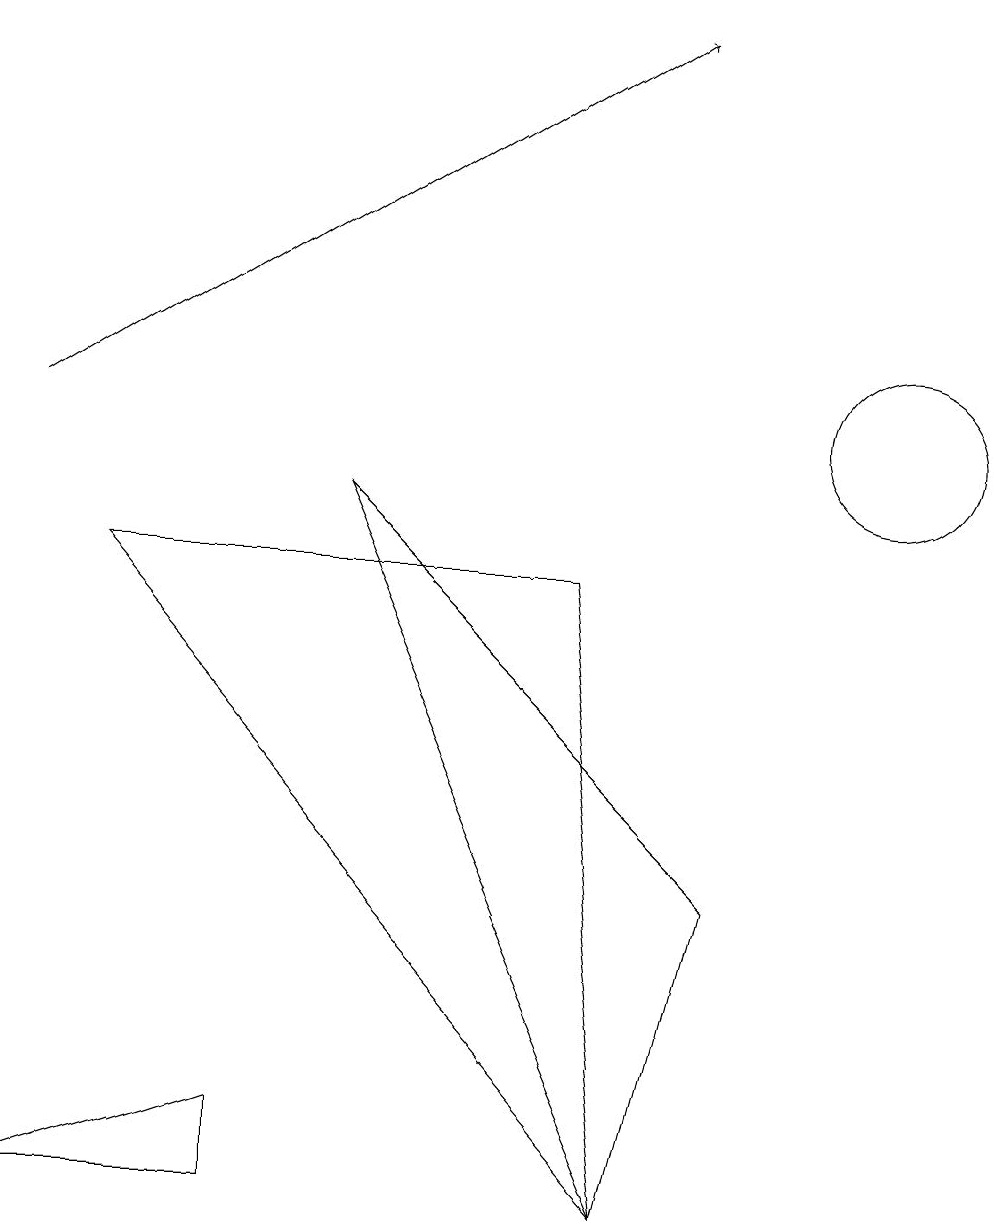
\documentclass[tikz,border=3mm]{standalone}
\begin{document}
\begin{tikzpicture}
\draw (3,0) -- (0,0) -- (3,1) -- cycle;
\draw[->] (0,10) -- (8,15);
\draw (8,0) -- (1,8) -- (7,8) -- cycle;
\draw (8,0) -- (9,4) -- (4,9) -- cycle;
\draw (11,10) circle (1);
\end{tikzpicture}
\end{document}